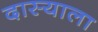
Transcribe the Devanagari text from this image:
दास्याला